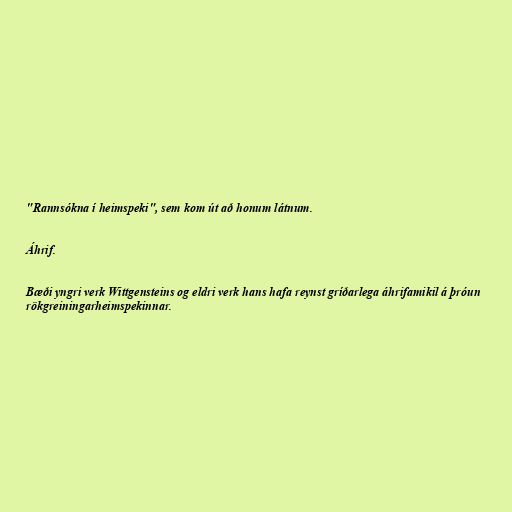
"Rannsókna í heimspeki", sem kom út að honum látnum.

Áhrif.

Bæði yngri verk Wittgensteins og eldri verk hans hafa reynst gríðarlega áhrifamikil á þróun
rökgreiningarheimspekinnar.